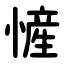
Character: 㦃